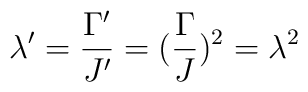
\lambda' = \frac{\Gamma '}{J'} = (\frac{\Gamma }{J})^2 =\lambda^2